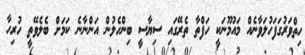
ހިތްވަރުގަފަހުލަވާނެއް މައުމޫނަކީ ހަފްތާ ތެރޭގައި ސިޔާސީ ބިންހެލުން އަންނާނެ ކަމަށް ބެލެވޭތީ ހުރިހާ